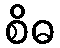
စိဓ